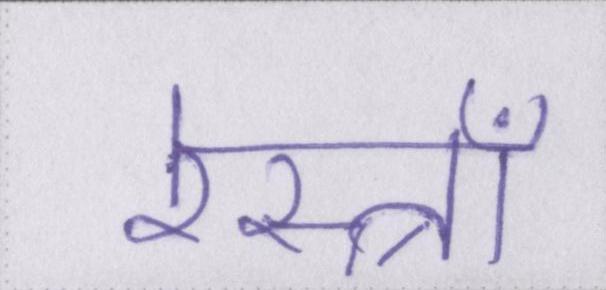
रेस्त्राँ